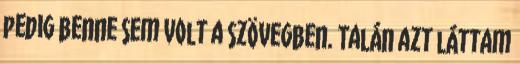
pedig benne sem volt a szövegben. Talán azt láttam